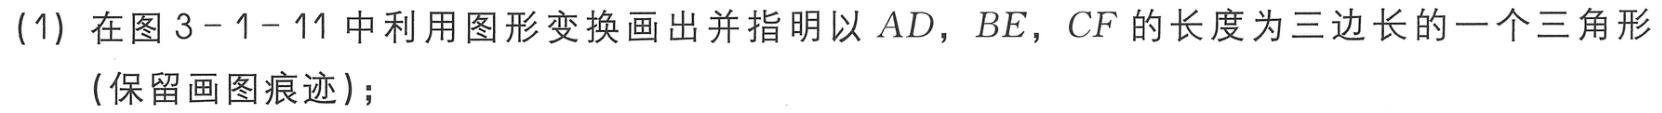
(1) 在图 3 - 1 - 11 中利用图形变换画出并指明以 \(AD\)，\(BE\)，\(CF\) 的长度为三边长的一个三角形(保留画图痕迹)；